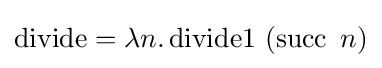
\operatorname {divide} =\lambda n.\operatorname {divide1} \ (\operatorname {succ} \ n)